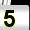
Digit: 5